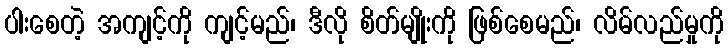
ပါးစေတဲ့ အကျင့်ကို ကျင့်မည်၊ ဒီလို စိတ်မျိုးကို ဖြစ်စေမည်၊ လိမ်လည်မှုကို